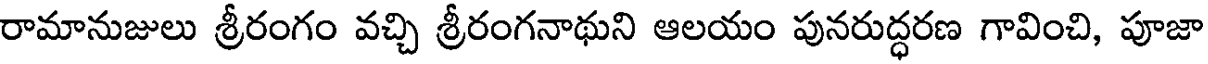
రామానుజులు శ్రీరంగం వచ్చి శ్రీరంగనాథుని ఆలయం పునరుద్ధరణ గావించి, పూజా